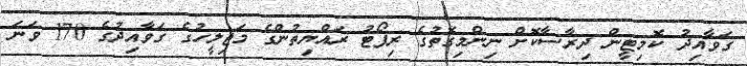
ގަވާއިދު ކޮމިޓީން ދިރާސާކޮށް ނިންމިގޮތުގެ ރިޕޯޓު ރައްޔިތުންގެ މަޖިލީހުގެ ގަވާއިދުގެ 170 ވަނަ